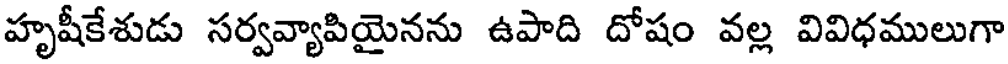
హృషీకేశుడు సర్వవ్యాపియైనను ఉపాది దోషం వల్ల వివిధములుగా